Vaccination in the Punjab 1883-1896 - 1883-1896
Year: 1883
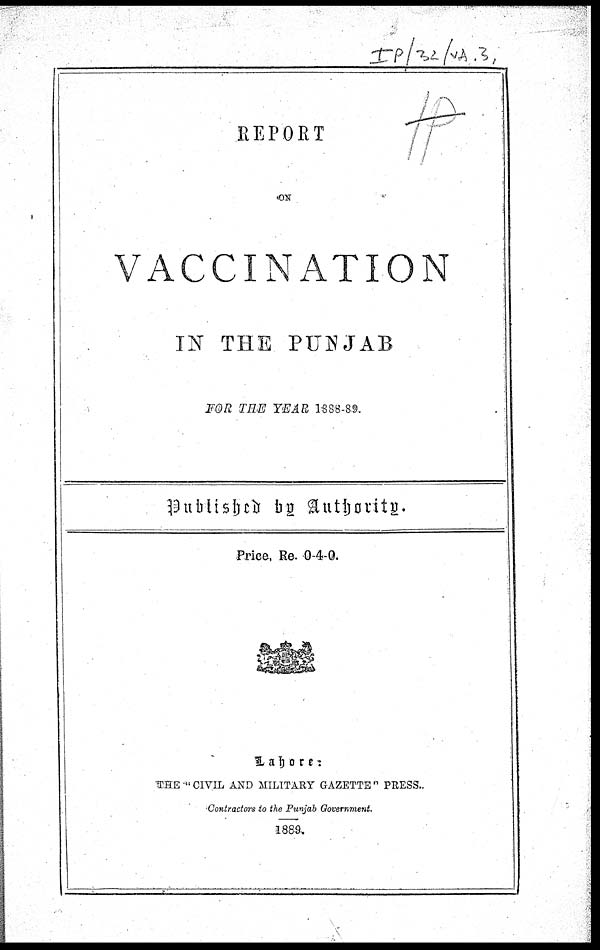
REPORT
ON
VACCINATION
IN THE PUNJAB
FOR THE YEAR 1888-89.
Published by Authority.
Price, Re. 0-4-0.
Lahore:
THE " CIVIL AND MILITARY GAZETTE " PRESS.
Contractors to the Punjab Government.
1889.